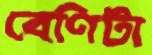
বেণিটা